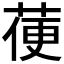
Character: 𦳄